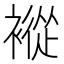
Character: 䙕